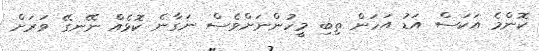
ކޮންމެ އަކަސް އަޑު އަހަން ތިބި މީހުންނަށްވެސް ނަގާނެ ކޮޅެއް ނޭނގޭ ވަރަށް